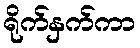
ရိုက်နှက်ကာ